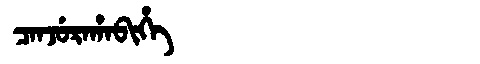
Manchu: ᠴᠠᠨᠵᡠᡵᠠᡥᠠᠪᡳᡥᡝ
Romanization: CANJURAHABIHE